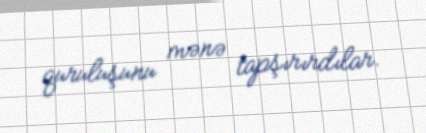
quruluşunu mənə tapşırırdılar.